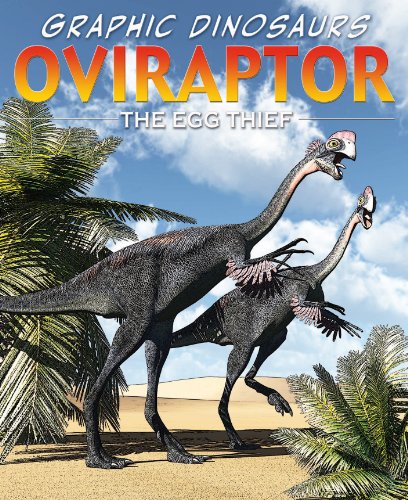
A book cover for Oviraptor: The Egg Thief (Graphic Dinosaurs); Rob Shone; Children's Books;